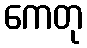
ကေတု